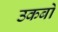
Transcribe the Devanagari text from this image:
उकबो